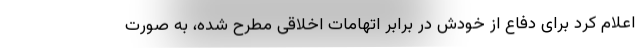
اعلام کرد برای دفاع از خودش در برابر اتهامات اخلاقی مطرح شده، به صورت